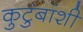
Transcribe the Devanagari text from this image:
कुटुंबांशी